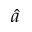
\hat { a }